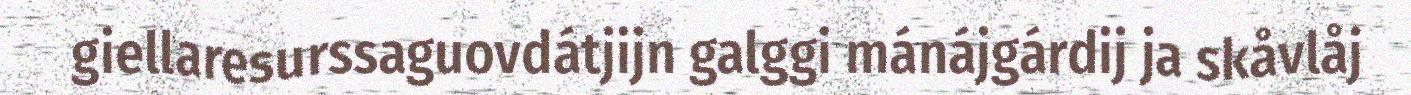
giellaresurssaguovdátjijn galggi mánájgárdij ja skåvlåj